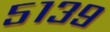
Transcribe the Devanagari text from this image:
५१३९